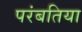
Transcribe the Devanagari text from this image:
परंबतिया